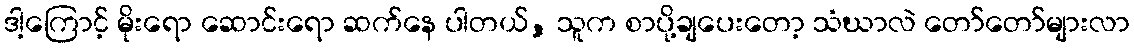
ဒါ့ကြောင့် မိုးရော ဆောင်းရော ဆက်နေ ပါတယ်, သူက စာပို့ချပေးတော့ သံဃာလဲ တော်တော်များလာ